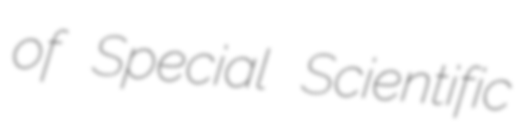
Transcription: of Special Scientific